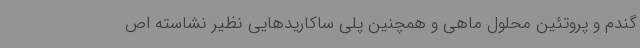
گندم و پروتئین محلول ماهی و همچنین پلی ساکاریدهایی نظیر نشاسته اص